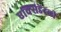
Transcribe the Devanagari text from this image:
एक्सिडेंटली